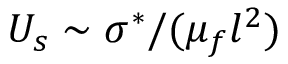
U _ { s } \sim \sigma ^ { * } / ( \mu _ { f } l ^ { 2 } )